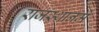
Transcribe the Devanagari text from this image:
राजस्थानमें